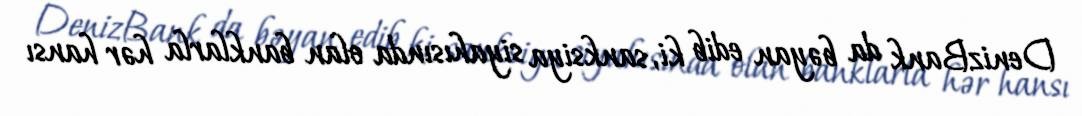
DenizBank da bəyan edib ki, sanksiya siyahısında olan banklarla hər hansı